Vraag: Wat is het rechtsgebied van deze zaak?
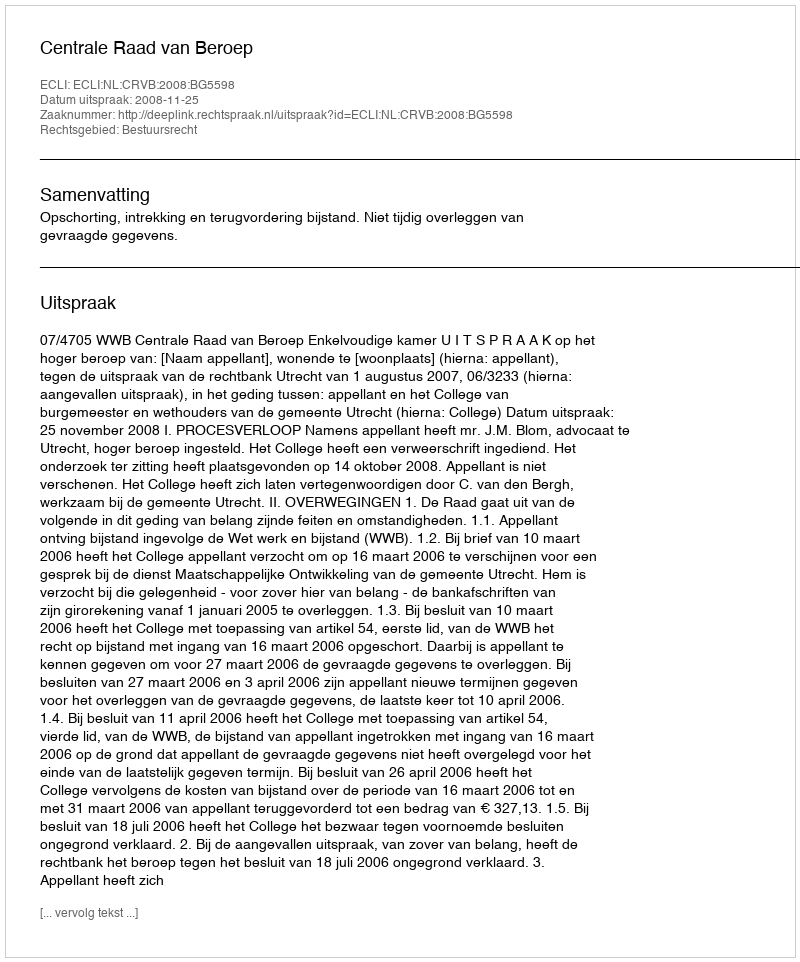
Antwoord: Bestuursrecht